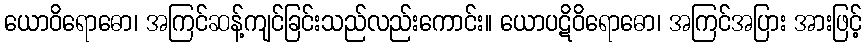
ယောဝိရောဓော၊ အကြင်ဆန့်ကျင်ခြင်းသည်လည်းကောင်း။ ယောပဋိဝိရောဓော၊ အကြင်အပြား အားဖြင့်